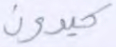
كيدون